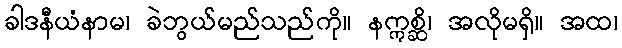
ခါဒနီယံနာမ၊ ခဲဘွယ်မည်သည်ကို။ နဣစ္ဆိ၊ အလိုမရှိ။ အထ၊